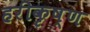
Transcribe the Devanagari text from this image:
हरीकृष्ण